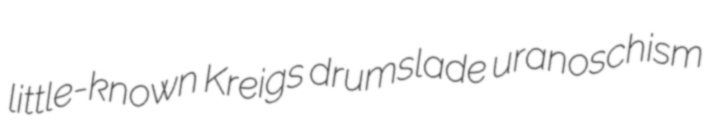
little-known Kreigs drumslade uranoschism